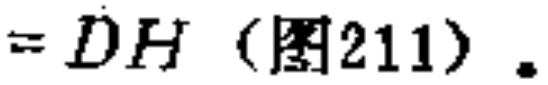
$=DH（图211）.$